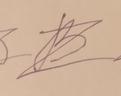
Signature authenticity: forged